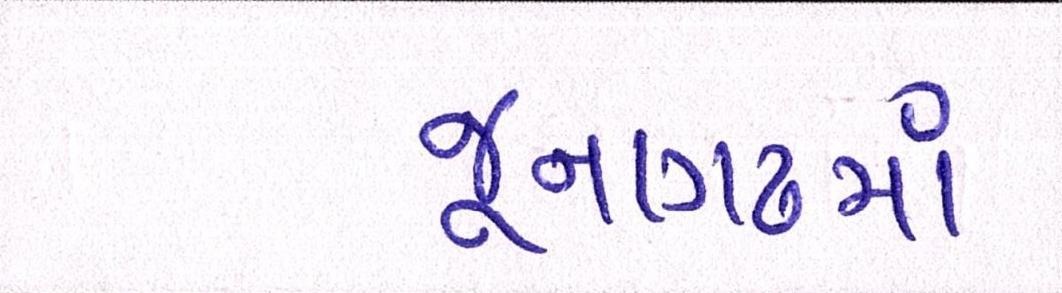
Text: જૂનાગઢમાં